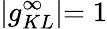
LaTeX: \rvert g_{KL}^{\infty}\lvert=1